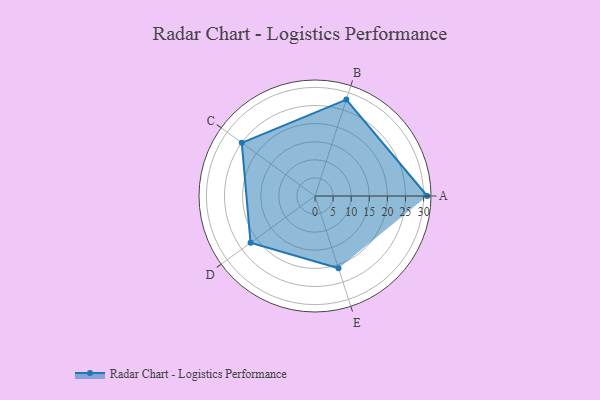
{"axis": {"x": "Skill", "y": "Score"}, "legend": ["Profile"], "data": [{"x": "A", "y": 31.0, "type": "Profile"}, {"x": "B", "y": 28.0, "type": "Profile"}, {"x": "C", "y": 25.0, "type": "Profile"}, {"x": "D", "y": 22.0, "type": "Profile"}, {"x": "E", "y": 21.0, "type": "Profile"}]}